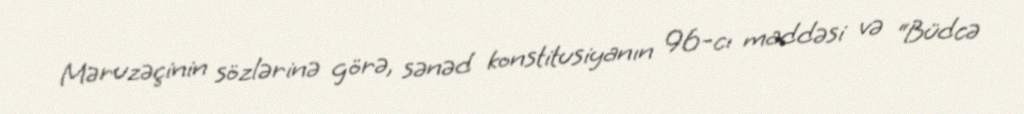
Məruzəçinin sözlərinə görə, sənəd konstitusiyanın 96-cı maddəsi və “Büdcə